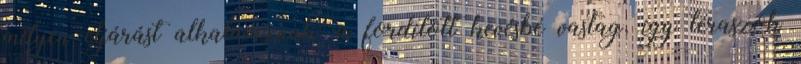
milyen eljárást alkalmazunk; a fordított kevésbé vastag, így teraszok